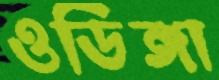
ওডিঙ্গা